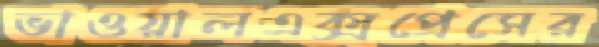
ভাওয়ালএক্সপ্রেসের